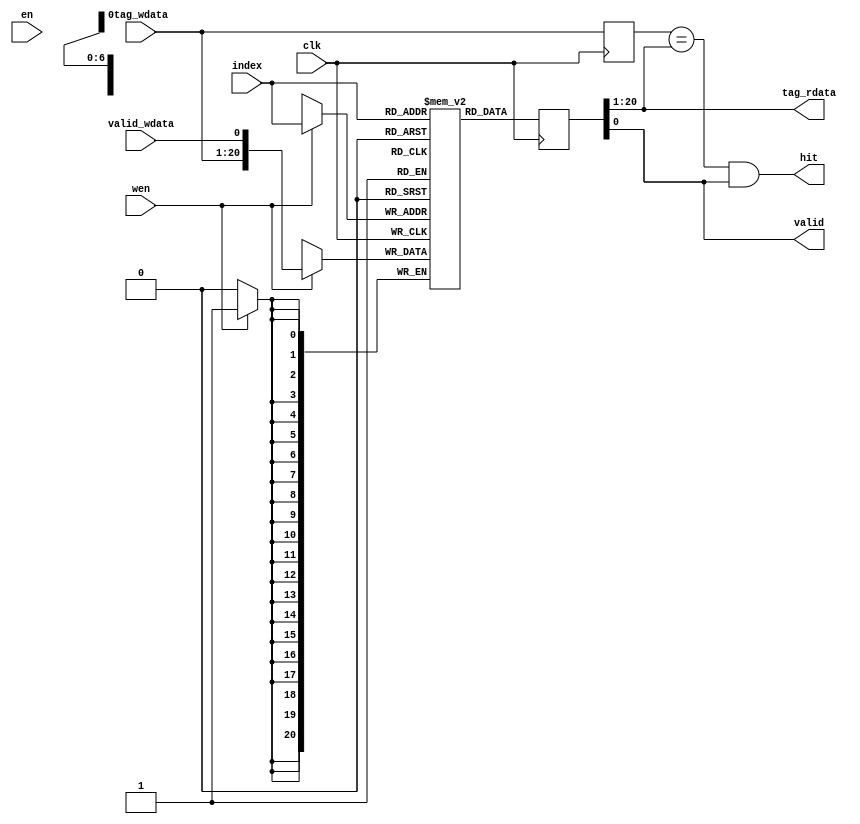
`timescale 1ns / 1ps

module cache_tagv(
    input         clk,
    input         en,
    input         wen,
    input [6:0]   index,
    input [19:0]  tag_wdata,
    input         valid_wdata,

    //TODO:
    output [19:0] tag_rdata,
    output        hit,
    output        valid
    );
    //--------TagV Ram-------
    /*
         Tag  Valid
        20:1   0:0
    */
    //
    //1280valid1-20tagCache
    //index
    reg [20:0] tagv_ram[127:0];
    //---Write---
    //
    //Cache
    //tagvalidtag_wdatavalid_wdata
    always @(posedge clk) begin
        if (wen) begin
            tagv_ram[index] <= {tag_wdata,valid_wdata};
        end
        else begin
        end
    end
    //---Read---
    //
    //Cache
    //last_tagtagv_dout
    //last_tagtagv_dout(index)
    reg [20:0] tagv_dout;
    always @(posedge clk) begin
        tagv_dout <= tagv_ram[index];
    end
    //-------Last Tag--------
    reg [19:0] last_tag;
    always @(posedge clk) begin
        last_tag <= tag_wdata;
    end

    //
    //indexvalidtag
    //valid1
    //valid == 1tagtagcache
    //hit
    //---------Output---------
    assign tag_rdata = tagv_dout[20:1];
    assign valid     = tagv_dout[0];
    assign hit       = (last_tag == tag_rdata) && valid;
endmodule